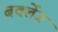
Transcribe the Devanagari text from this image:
बर्क्लेज